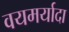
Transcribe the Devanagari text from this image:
वयमर्यादा